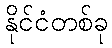
နိုင်ငံတစ်ခု